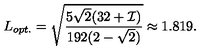
L _ { o p t . } = \sqrt { \frac { 5 \sqrt { 2 } ( 3 2 + { \cal I } ) } { 1 9 2 ( 2 - \sqrt { 2 } ) } } \approx 1 . 8 1 9 .